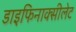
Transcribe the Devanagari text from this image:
डाइफिनाक्सीलेट